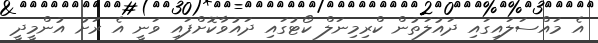
އެ މައްސަލައިގައި ދައުލަތުން ކްރިމިނަލް ކޯޓުގައި ދައުވާކޮށްފައި ވަނީ އެ ރަށު އުންމީދީ